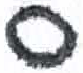
אות: ס